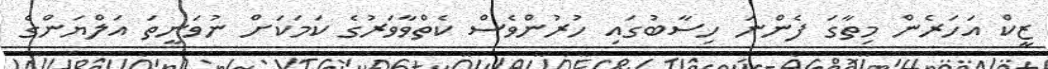
ޒީކް އަހަރެން މިތާގަ ފެންނަ ހިސާބުގައި ހުރުންވެސް ކެތްވާވަރުގެ ކަމަކަށް ނުވަނީތަ އަލްޔަންގެ